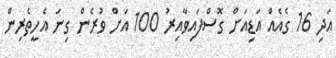
އަދި 16 ގެއެއް އަޑިއަށް ގޮސްފައިވާއިރު 100 އަށް ވުރެން ގިނަ އެހީތެރިން